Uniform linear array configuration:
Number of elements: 48
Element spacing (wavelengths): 1
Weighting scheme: binomial
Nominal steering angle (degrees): -60
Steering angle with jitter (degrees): -60.369
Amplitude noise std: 0.05
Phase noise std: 0.05

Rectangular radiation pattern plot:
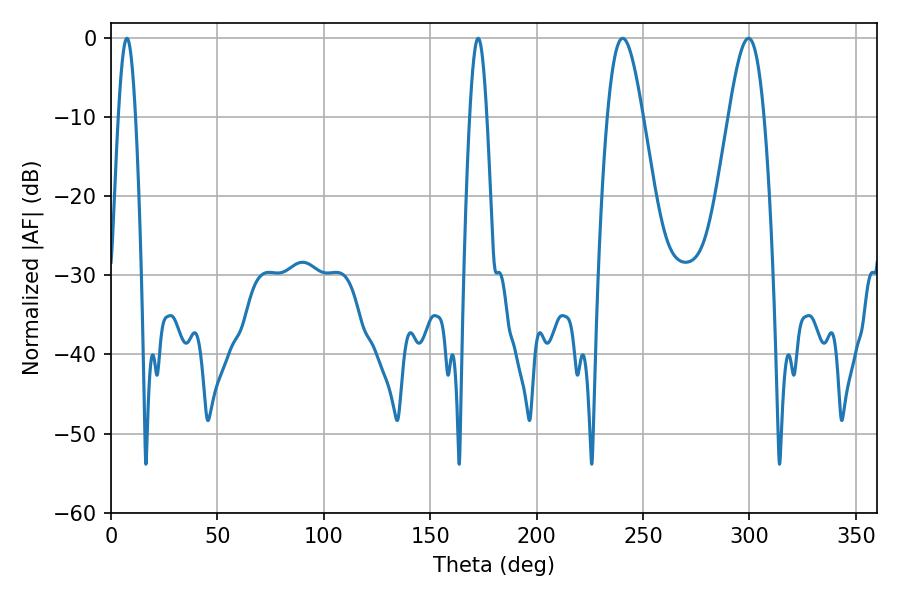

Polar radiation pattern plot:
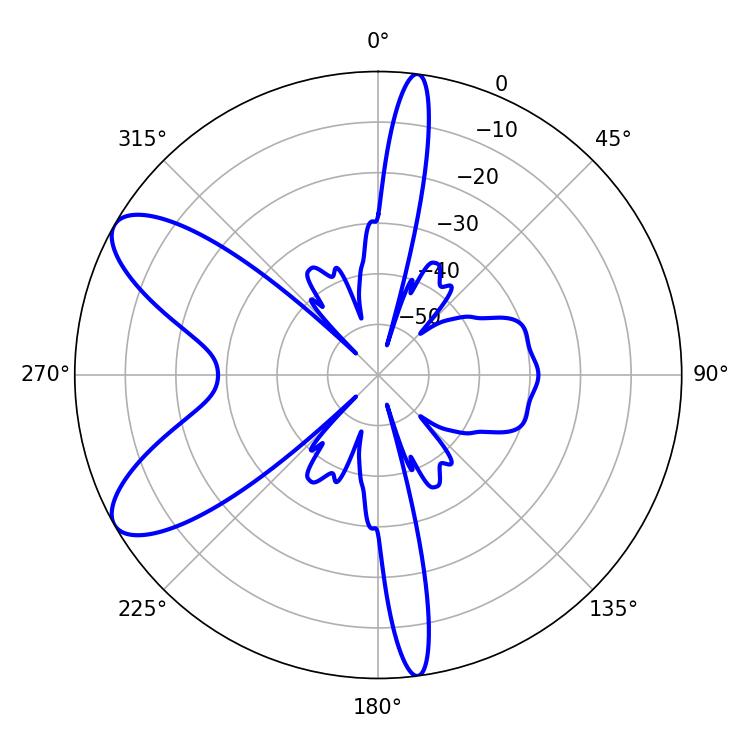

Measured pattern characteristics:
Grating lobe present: TRUE
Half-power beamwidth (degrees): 8.82
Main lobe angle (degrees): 240.48